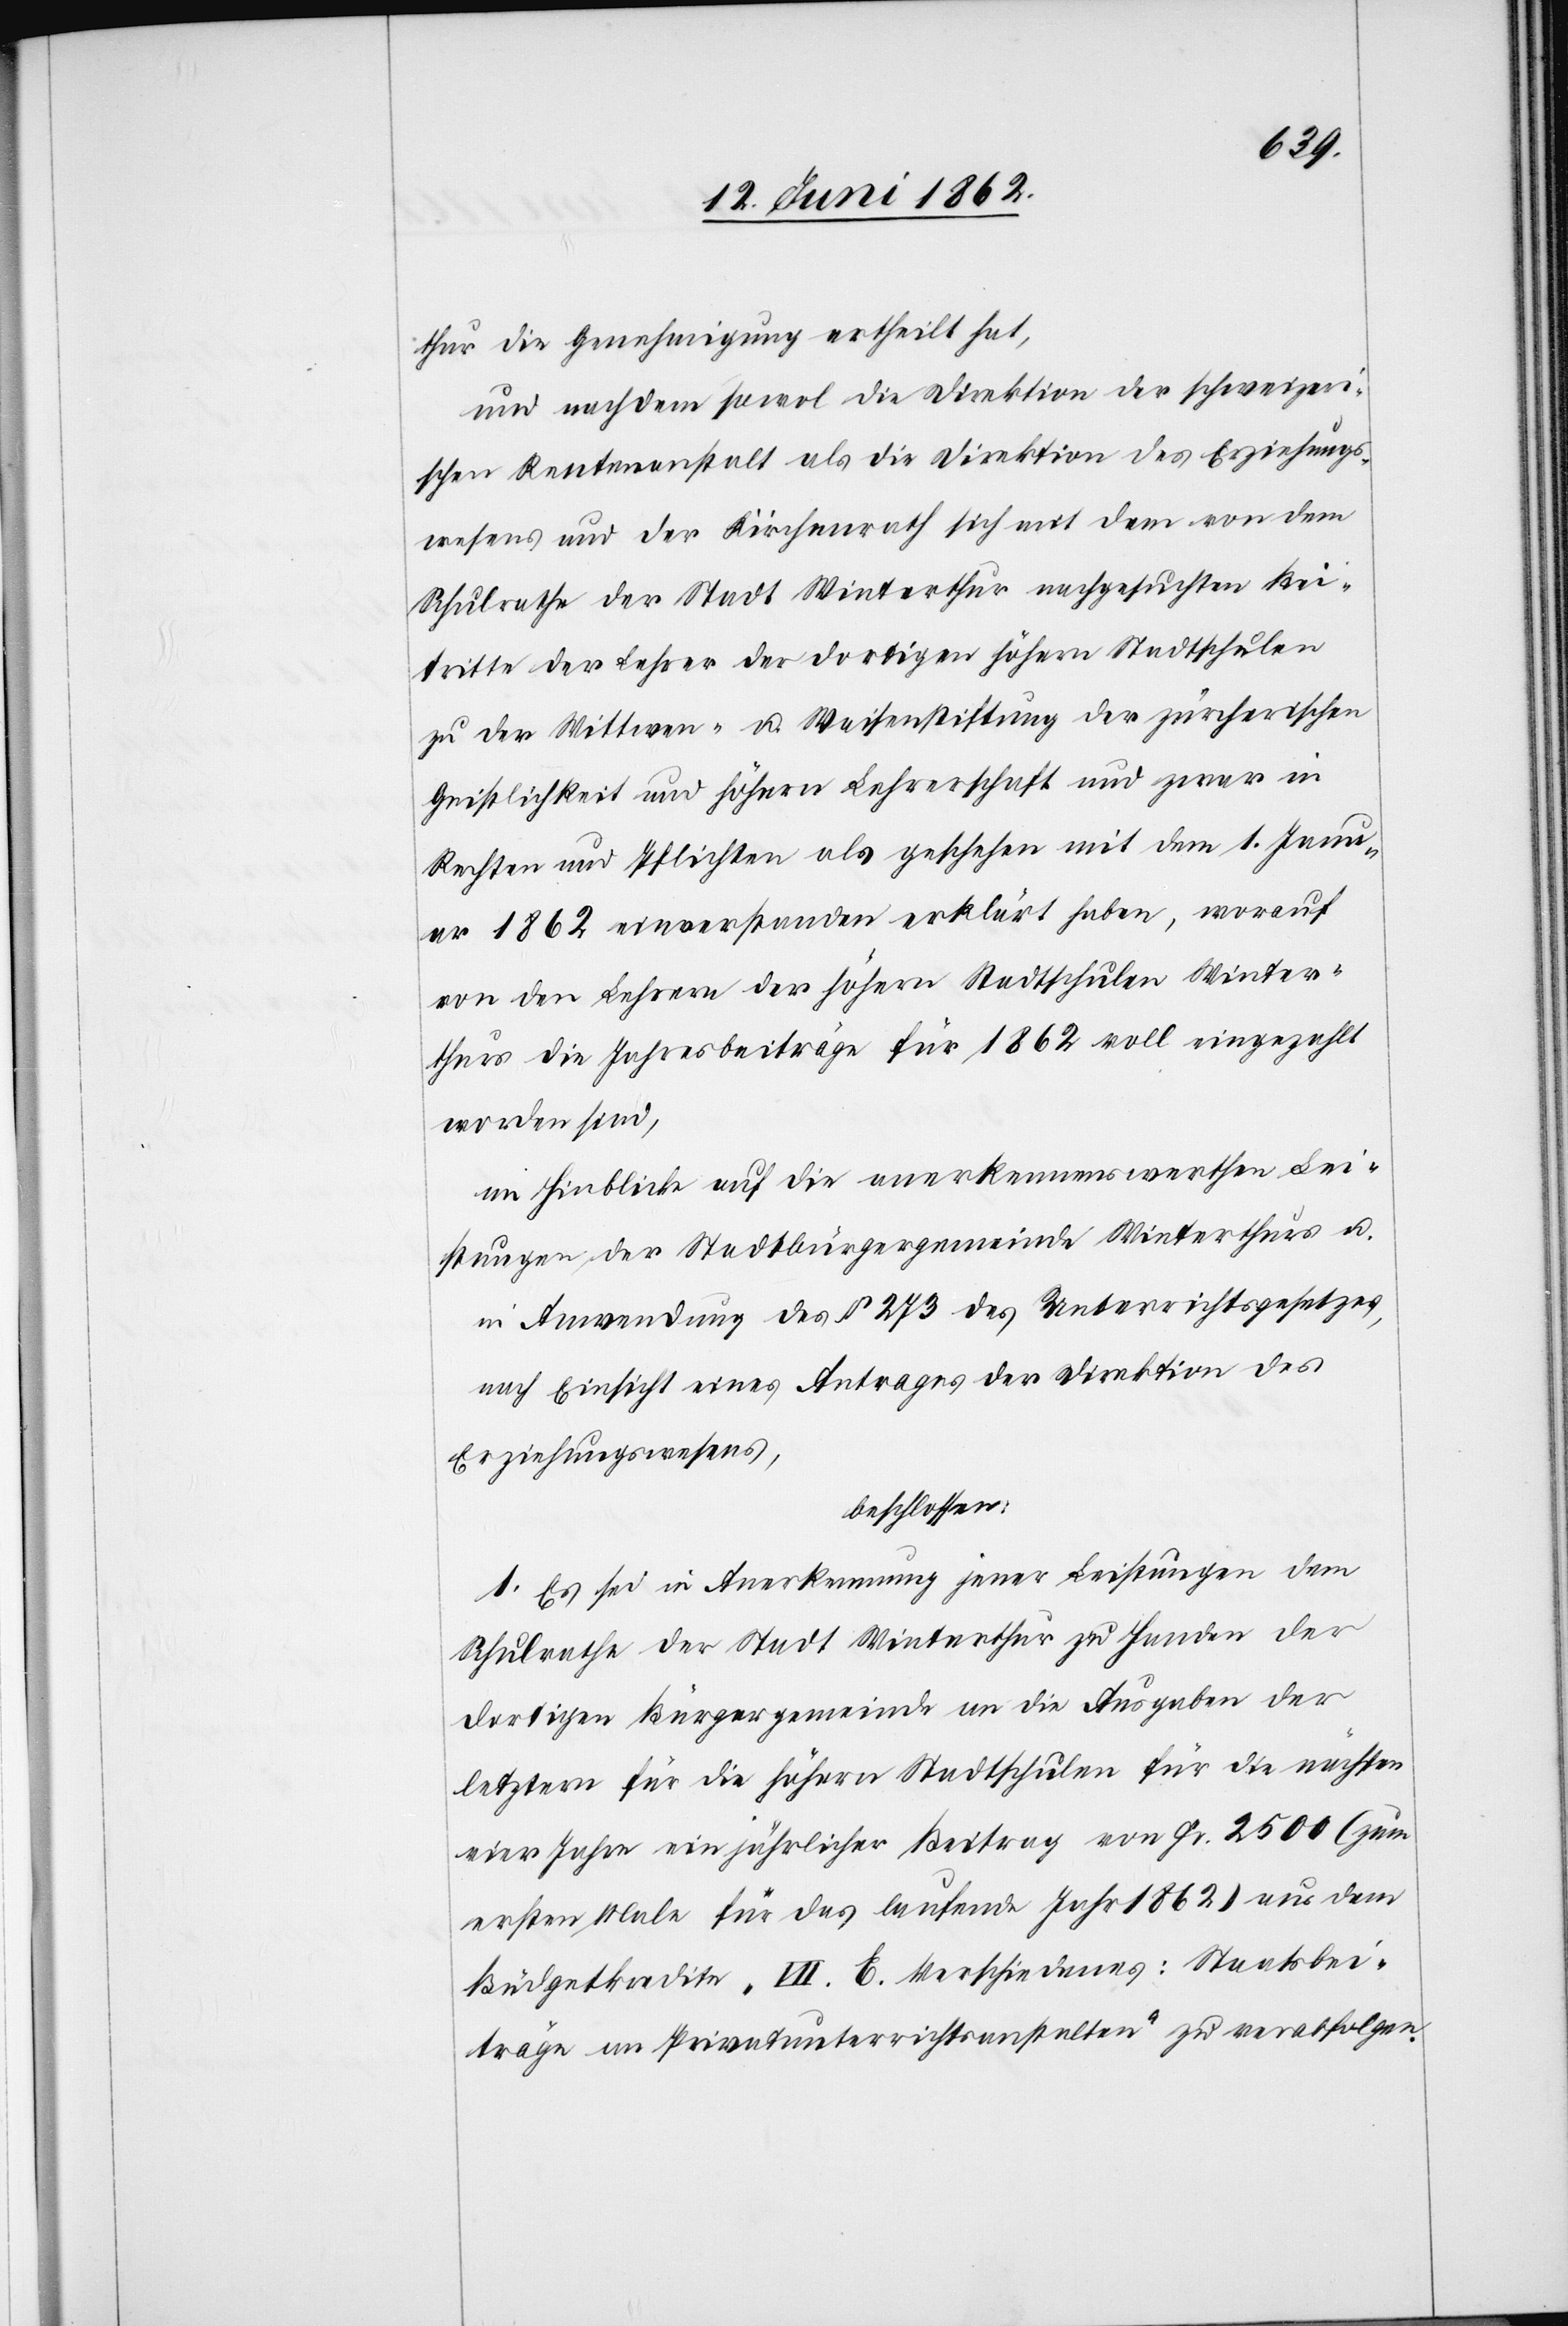
thur die Genehmigung ertheilt hat,
und nachdem sowol die Direktion der schweizeri¬
schen Rentenanstalt als die Direktion des Erziehungs¬
wesens und der Kirchenrath sich mit dem von dem
Schulrathe der Stadt Winterthur nachgesuchten Bei¬
tritte der Lehrer der dortigen höhern Stadtschulen
zu der Wittwen- u. Waisenstiftung der zürcherischen
Geistlichkeit und höhern Lehrerschaft und zwar in
Rechten und Pflichten als geschehen mit dem 1. Janu¬
ar 1862 einverstanden erklärt haben, worauf
von den Lehrern der höhern Stadtschulen Winter¬
thur die Jahresbeiträge für 1862 voll eingezahlt
worden sind,
im Hinblicke auf die anerkennenswerthe Lei¬
stungen der Stadtbürgergemeinde Winterthur u.
in Anwendung des § 273 des Unterrichtsgesetzes,
nach Einsicht eines Antrages der Direktion des
Erziehungswesens,
beschlossen:
1. Es sei in Anerkennung jener Leistungen dem
Schulrathe der Stadt Winterthur zu Handen der
dortigen Bürgergemeinde an die Ausgaben der
letztern für die höhern Stadtschulen für die nächsten
vier Jahre ein jährlicher Beitrag von Fr. 2500 (zum
ersten Male für das laufende Jahr 1862) aus dem
Büdgetkredite „VII. E. Verschiedenes: Staatsbei¬
träge an Privatunterrichtsanstalten“ zu verabfolgen.